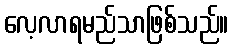
လေ့လာရမည်သာဖြစ်သည်။